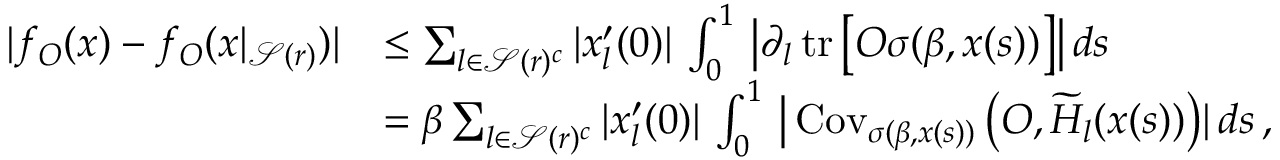
\begin{array} { r l } { | f _ { O } ( x ) - f _ { O } ( x | _ { \mathcal { S } ( r ) } ) | } & { \le \sum _ { l \in \mathcal { S } ( r ) ^ { c } } | x _ { l } ^ { \prime } ( 0 ) | \, \int _ { 0 } ^ { 1 } \, \big | \partial _ { l } \operatorname { t r } \big [ O \sigma ( \beta , x ( s ) ) \big ] \big | \, d s } \\ & { = \beta \sum _ { l \in \mathcal { S } ( r ) ^ { c } } | x _ { l } ^ { \prime } ( 0 ) | \, \int _ { 0 } ^ { 1 } \, \big | \operatorname { C o v } _ { \sigma ( \beta , x ( s ) ) } \big ( O , \widetilde { H } _ { l } ( x ( s ) ) \big ) | \, d s \, , } \end{array}